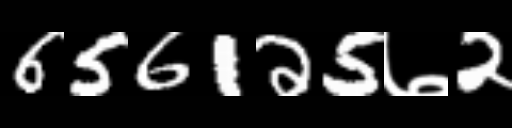
Text: 656125७2